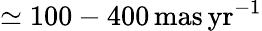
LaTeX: \simeq 100-400\, \mathrm{mas\, yr}^{-1}